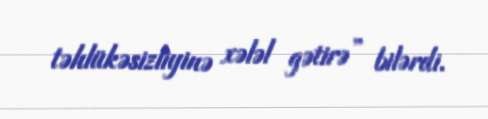
təhlükəsizliyinə xələl gətirə” bilərdi.